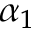
\alpha _ { 1 }